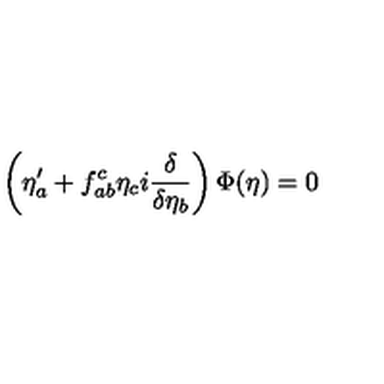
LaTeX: \left( \eta _ { a } ^ { \prime } + f _ { a b } ^ { c } \eta _ { c } i \frac { \delta } { \delta \eta _ { b } } \right) \Phi ( \eta ) = 0